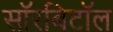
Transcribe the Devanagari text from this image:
सॉरबिटॉल